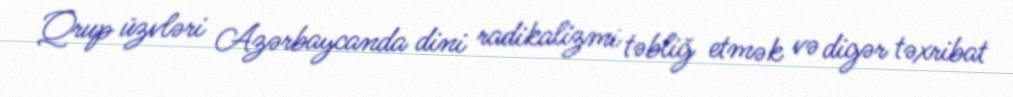
Qrup üzvləri Azərbaycanda dini radikalizmi təbliğ etmək və digər təxribat